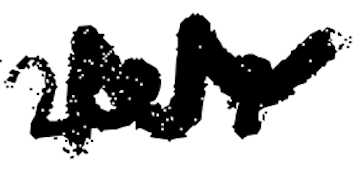
Text: 2017
Cross-out: zig-zag
Writing tool: digital_black